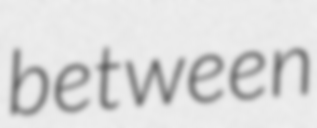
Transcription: between